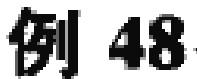
例 48